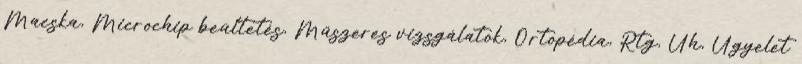
Macska, Microchip beültetés, Műszeres vizsgálatok, Ortopédia, Rtg, Uh, Ügyelet